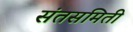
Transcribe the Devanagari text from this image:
संतसमिती